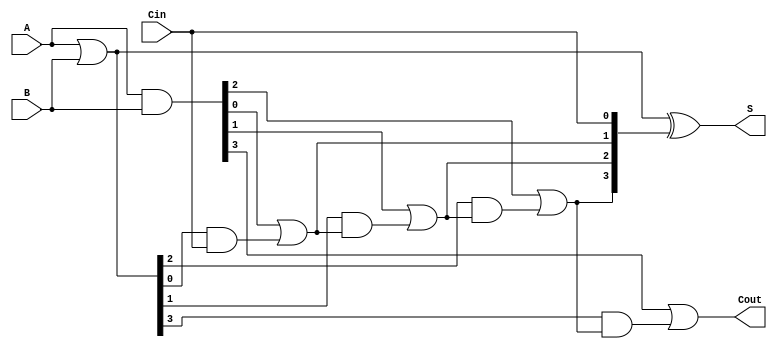
module carry_lookahead_adder #(parameter n = 4) (
    input [n-1:0] A,      // n-bit input A
    input [n-1:0] B,      // n-bit input B
    input Cin,            // Carry-in
    output [n-1:0] S,     // n-bit Sum output
    output Cout           // Carry-out
);

    wire [n-1:0] G;       // Generate signals
    wire [n-1:0] P;       // Propagate signals
    wire [n:0] C;         // Carry signals

    // Generate and Propagate calculations
    assign G = A & B;     // G_i = A_i & B_i
    assign P = A | B;     // P_i = A_i | B_i

    // Carry calculation
    assign C[0] = Cin;    // C0 = Cin

    genvar i;
    generate
        for (i = 0; i < n-1; i = i + 1) begin : carry_calc
            assign C[i+1] = G[i] | (P[i] & C[i]); // C_i = G_{i-1} | (P_{i-1} & C_{i-1})
        end
    endgenerate

    // Last carry out
    assign Cout = G[n-1] | (P[n-1] & C[n-1]); // Cout = G_{n-1} | (P_{n-1} & C_{n-1})

    // Sum calculation
    assign S = P ^ C[n-1:0]; // S_i = P_i ^ C_i

endmodule